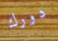
دورك